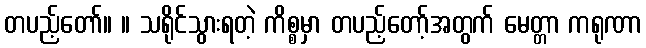
တပည့်တော်။ ။ သရိုင်သွားရတဲ့ ကိစ္စမှာ တပည့်တော့်အတွက် မေတ္တာ ကရုဏာ